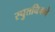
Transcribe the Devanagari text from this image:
स्पुतनिकचे